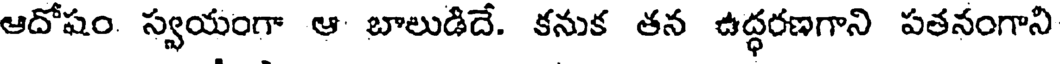
ఆదోషం స్వయంగా ఆ బాలుడిదే. కనుక తన ఉద్ధరణగాని పతనంగాని